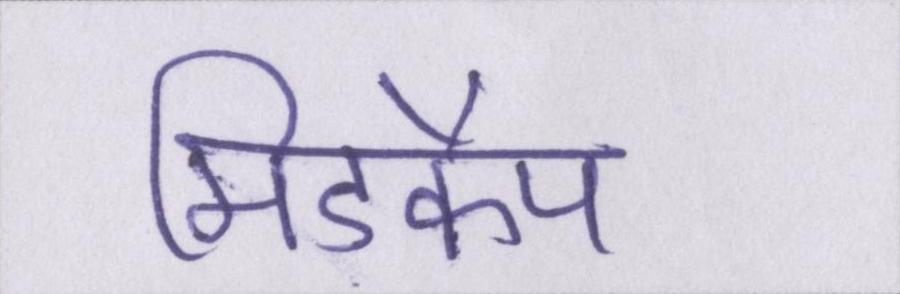
मिडकैप